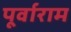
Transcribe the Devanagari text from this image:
पूर्वाराम